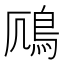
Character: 𫚯